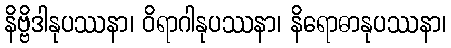
နိဗ္ဗိဒါနုပဿနာ၊ ဝိရာဂါနုပဿနာ၊ နိရောဓာနုပဿနာ၊